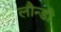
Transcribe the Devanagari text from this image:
लौन्डी